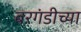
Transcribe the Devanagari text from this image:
बरगंडीच्या